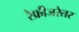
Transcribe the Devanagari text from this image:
रेफ्रीजरेतर